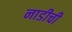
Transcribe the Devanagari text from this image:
नाडीची